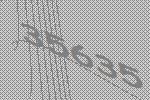
35635